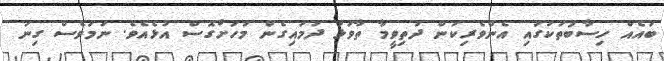
ބައެއް ހިސާބުތަކުގައި އެންވެރިކަން ދަތިވީމާ ތާވަޅަ ދަމައިގެން މަހަށްގޮސް އުޅެއެވެ. ނަމަވެސް ގިނަ